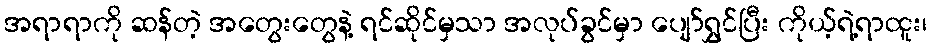
အရာရာကို ဆန်တဲ့ အတွေးတွေနဲ့ ရင်ဆိုင်မှသာ အလုပ်ခွင်မှာ ပျော်ရွှင်ပြီး ကိုယ့်ရဲ့ရာထူး၊